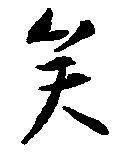
矣